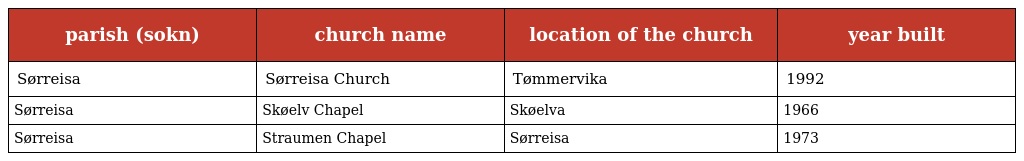
| parish (sokn) | church name | location of the church | year built |
 | --- | --- | --- | --- |
 | Sørreisa | Sørreisa Church | Tømmervika | 1992 |
 | Sørreisa | Skøelv Chapel | Skøelva | 1966 |
 | Sørreisa | Straumen Chapel | Sørreisa | 1973 |